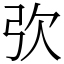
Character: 弞